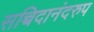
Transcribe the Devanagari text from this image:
सच्चिदानंदरुप